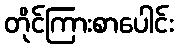
တိုင်ကြားစာပေါင်း